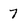
Character: 7